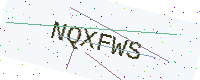
Text: NQXFWS